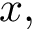
x ,